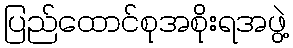
ပြည်ထောင်စုအစိုးရအဖွဲ့